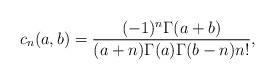
LaTeX: \begin{align*}c_n(a,b)=\frac{(-1)^n\Gamma(a+b)}{(a+n)\Gamma(a)\Gamma(b-n)n!},\end{align*}